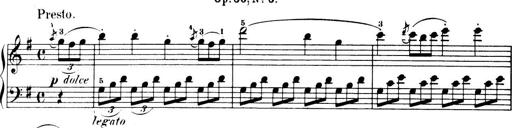
Title: 32 Sonatinas and Rondos for the Piano
Composer: Richard Kleinmichel